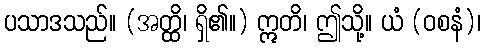
ပသာဒသည်။ (အတ္ထိ၊ ရှိ၏။) ဣတိ၊ ဤသို့။ ယံ (ဝစနံ)၊